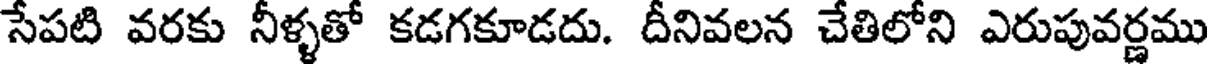
సేపటి వరకు నీళ్ళతో కడగకూడదు. దీనివలన చేతిలోని ఎరుపువర్ణము